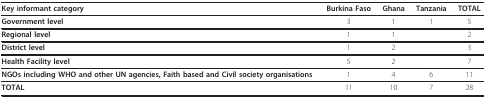
<table><thead><tr><td><b>Key informant category</b></td><td><b>Burkina Faso</b></td><td><b>Ghana</b></td><td><b>Tanzania</b></td><td><b>TOTAL</b></td></tr></thead><tbody><tr><td><b>Government level</b></td><td>3</td><td>1</td><td>1</td><td>5</td></tr><tr><td><b>Regional level</b></td><td>1</td><td>1</td><td></td><td>2</td></tr><tr><td><b>District level</b></td><td>1</td><td>2</td><td></td><td>3</td></tr><tr><td><b>Health Facility level</b></td><td>5</td><td>2</td><td></td><td>7</td></tr><tr><td><b>NGOs including WHO and other UN agencies, Faith based and Civil society organisations</b></td><td>1</td><td>4</td><td>6</td><td>11</td></tr><tr><td><b>TOTAL</b></td><td>11</td><td>10</td><td>7</td><td>28</td></tr></tbody></table>